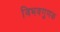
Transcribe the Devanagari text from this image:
विभवगुणक